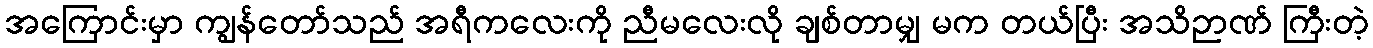
အကြောင်းမှာ ကျွန်တော်သည် အရီကလေးကို ညီမလေးလို ချစ်တာမျှ မက တယ်ပြီး အသိဉာဏ် ကြီးတဲ့